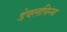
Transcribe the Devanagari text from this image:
डेवलपिन्ग